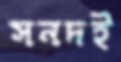
সনদই